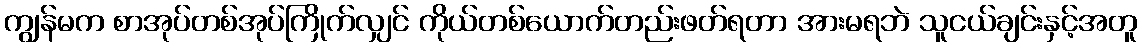
ကျွန်မက စာအုပ်တစ်အုပ်ကြိုက်လျှင် ကိုယ်တစ်ယောက်တည်းဖတ်ရတာ အားမရဘဲ သူငယ်ချင်းနှင့်အတူ